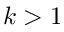
k > 1